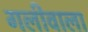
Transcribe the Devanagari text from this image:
गलीवाला